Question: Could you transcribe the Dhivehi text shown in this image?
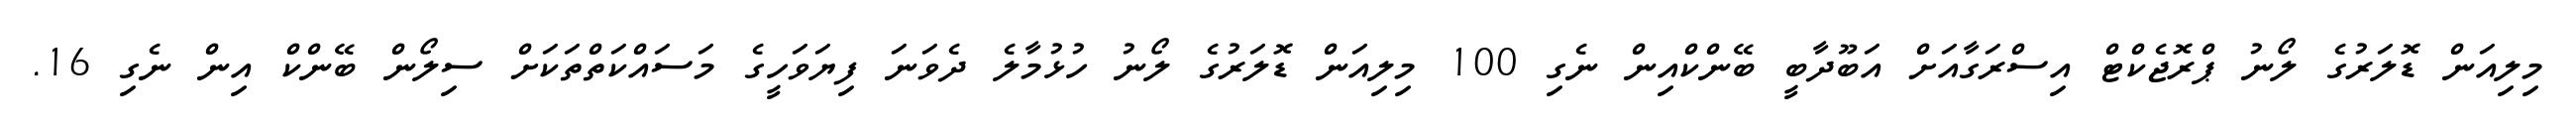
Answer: މިލިއަން ޑޮލަރުގެ ލޯނު ޕްރޮޖެކްޓް އިސްރަގާއަށް އަބޫދާބީ ބޭންކްއިން ނެގި 100 މިލިއަން ޑޮލަރުގެ ލޯނު ހުޅުމާލެ ދެވަނަ ފިޔަވަހީގެ މަސައްކަތްތަކަށް ސިލޯން ބޭންކް އިން ނެގި 16.